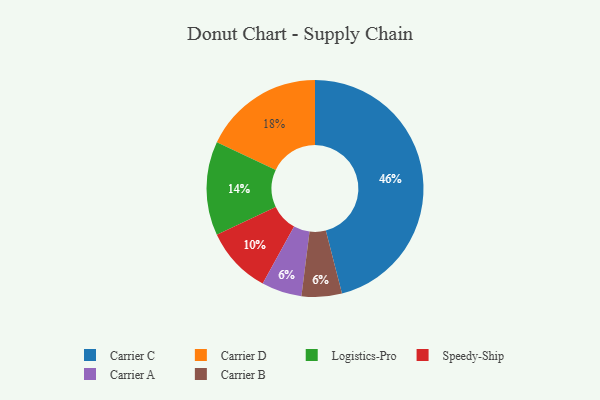
{"axis": {"x": "Category", "y": "Percentage"}, "legend": ["Carrier A", "Carrier B", "Carrier C", "Carrier D", "Logistics-Pro", "Speedy-Ship"], "data": [{"x": "Carrier A", "y": 6, "type": "Carrier A"}, {"x": "Carrier D", "y": 18, "type": "Carrier D"}, {"x": "Speedy-Ship", "y": 10, "type": "Speedy-Ship"}, {"x": "Carrier C", "y": 46, "type": "Carrier C"}, {"x": "Carrier B", "y": 6, "type": "Carrier B"}, {"x": "Logistics-Pro", "y": 14, "type": "Logistics-Pro"}]}